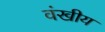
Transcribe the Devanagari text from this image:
वंखीय